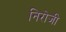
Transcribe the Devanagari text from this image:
निरोजी